Eesti_Rahvusfond, lk 43
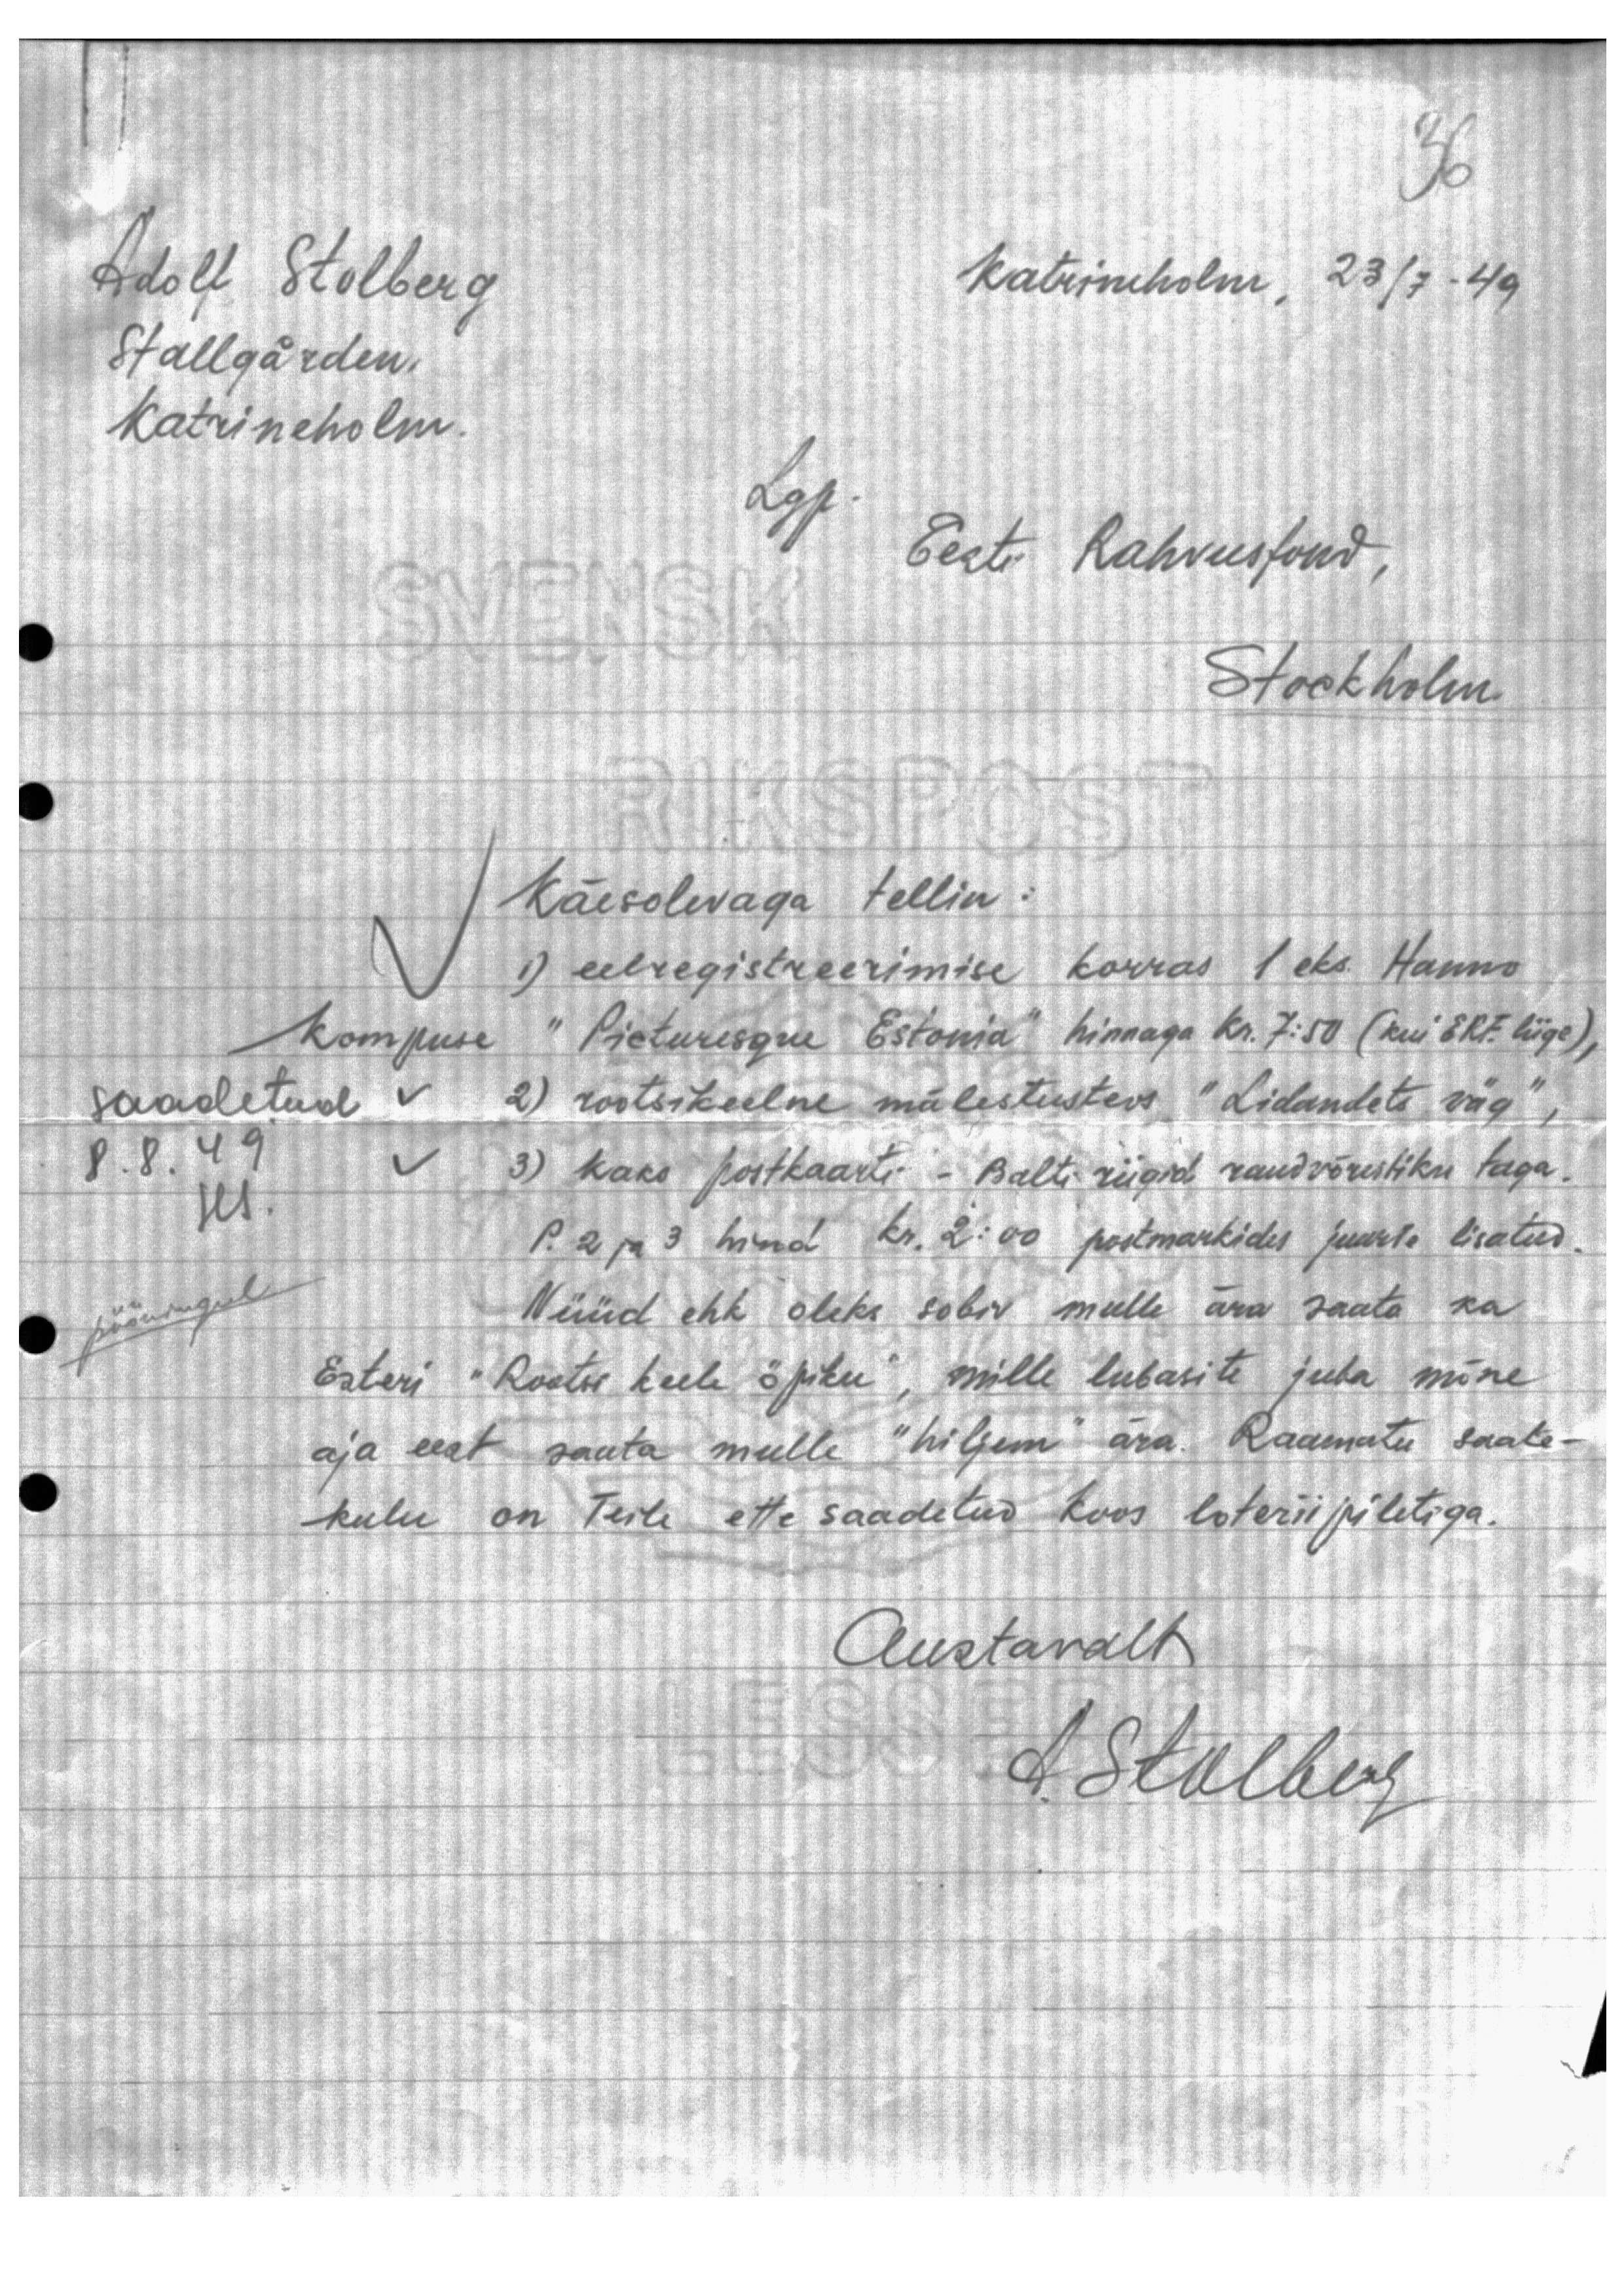
Adolf Stolberg
Katrineholm, 23/7-49
Stallgärden.
Katrineholm.
Lgp
Eest Rahvusfond,
Stockholm
Käesolevaga tellin
1) eelregistreerimise korras 1 eks. Hanso
kompuse "Picturesque Estonia" hinnaga kr. 7:50 (kui ERF. liige),
saadetud
2) rootsikeelne mälestusteos "Lidandets väg",
8.8.49
3) kaks postkaarti - Balti riigid raudvõrestiku taga,
P. 2 ja 3 hind kr. 2:00 postmarkides juurte lisatud
pööningul
Nüüd ehk oleks sobiv mulle ära saata ka
Esteri "Rootsi keele õpiku", mille lubasite juba mine-
aja eest saata mulle "hiljem" ära. Raamatu saate
kulu on Teile ette saadetud koos loteriipiletiga.
Austavalt
A. Stalberg